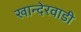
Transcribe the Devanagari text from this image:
खान्देरवाडी